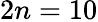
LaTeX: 2n=10